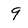
Character: 9